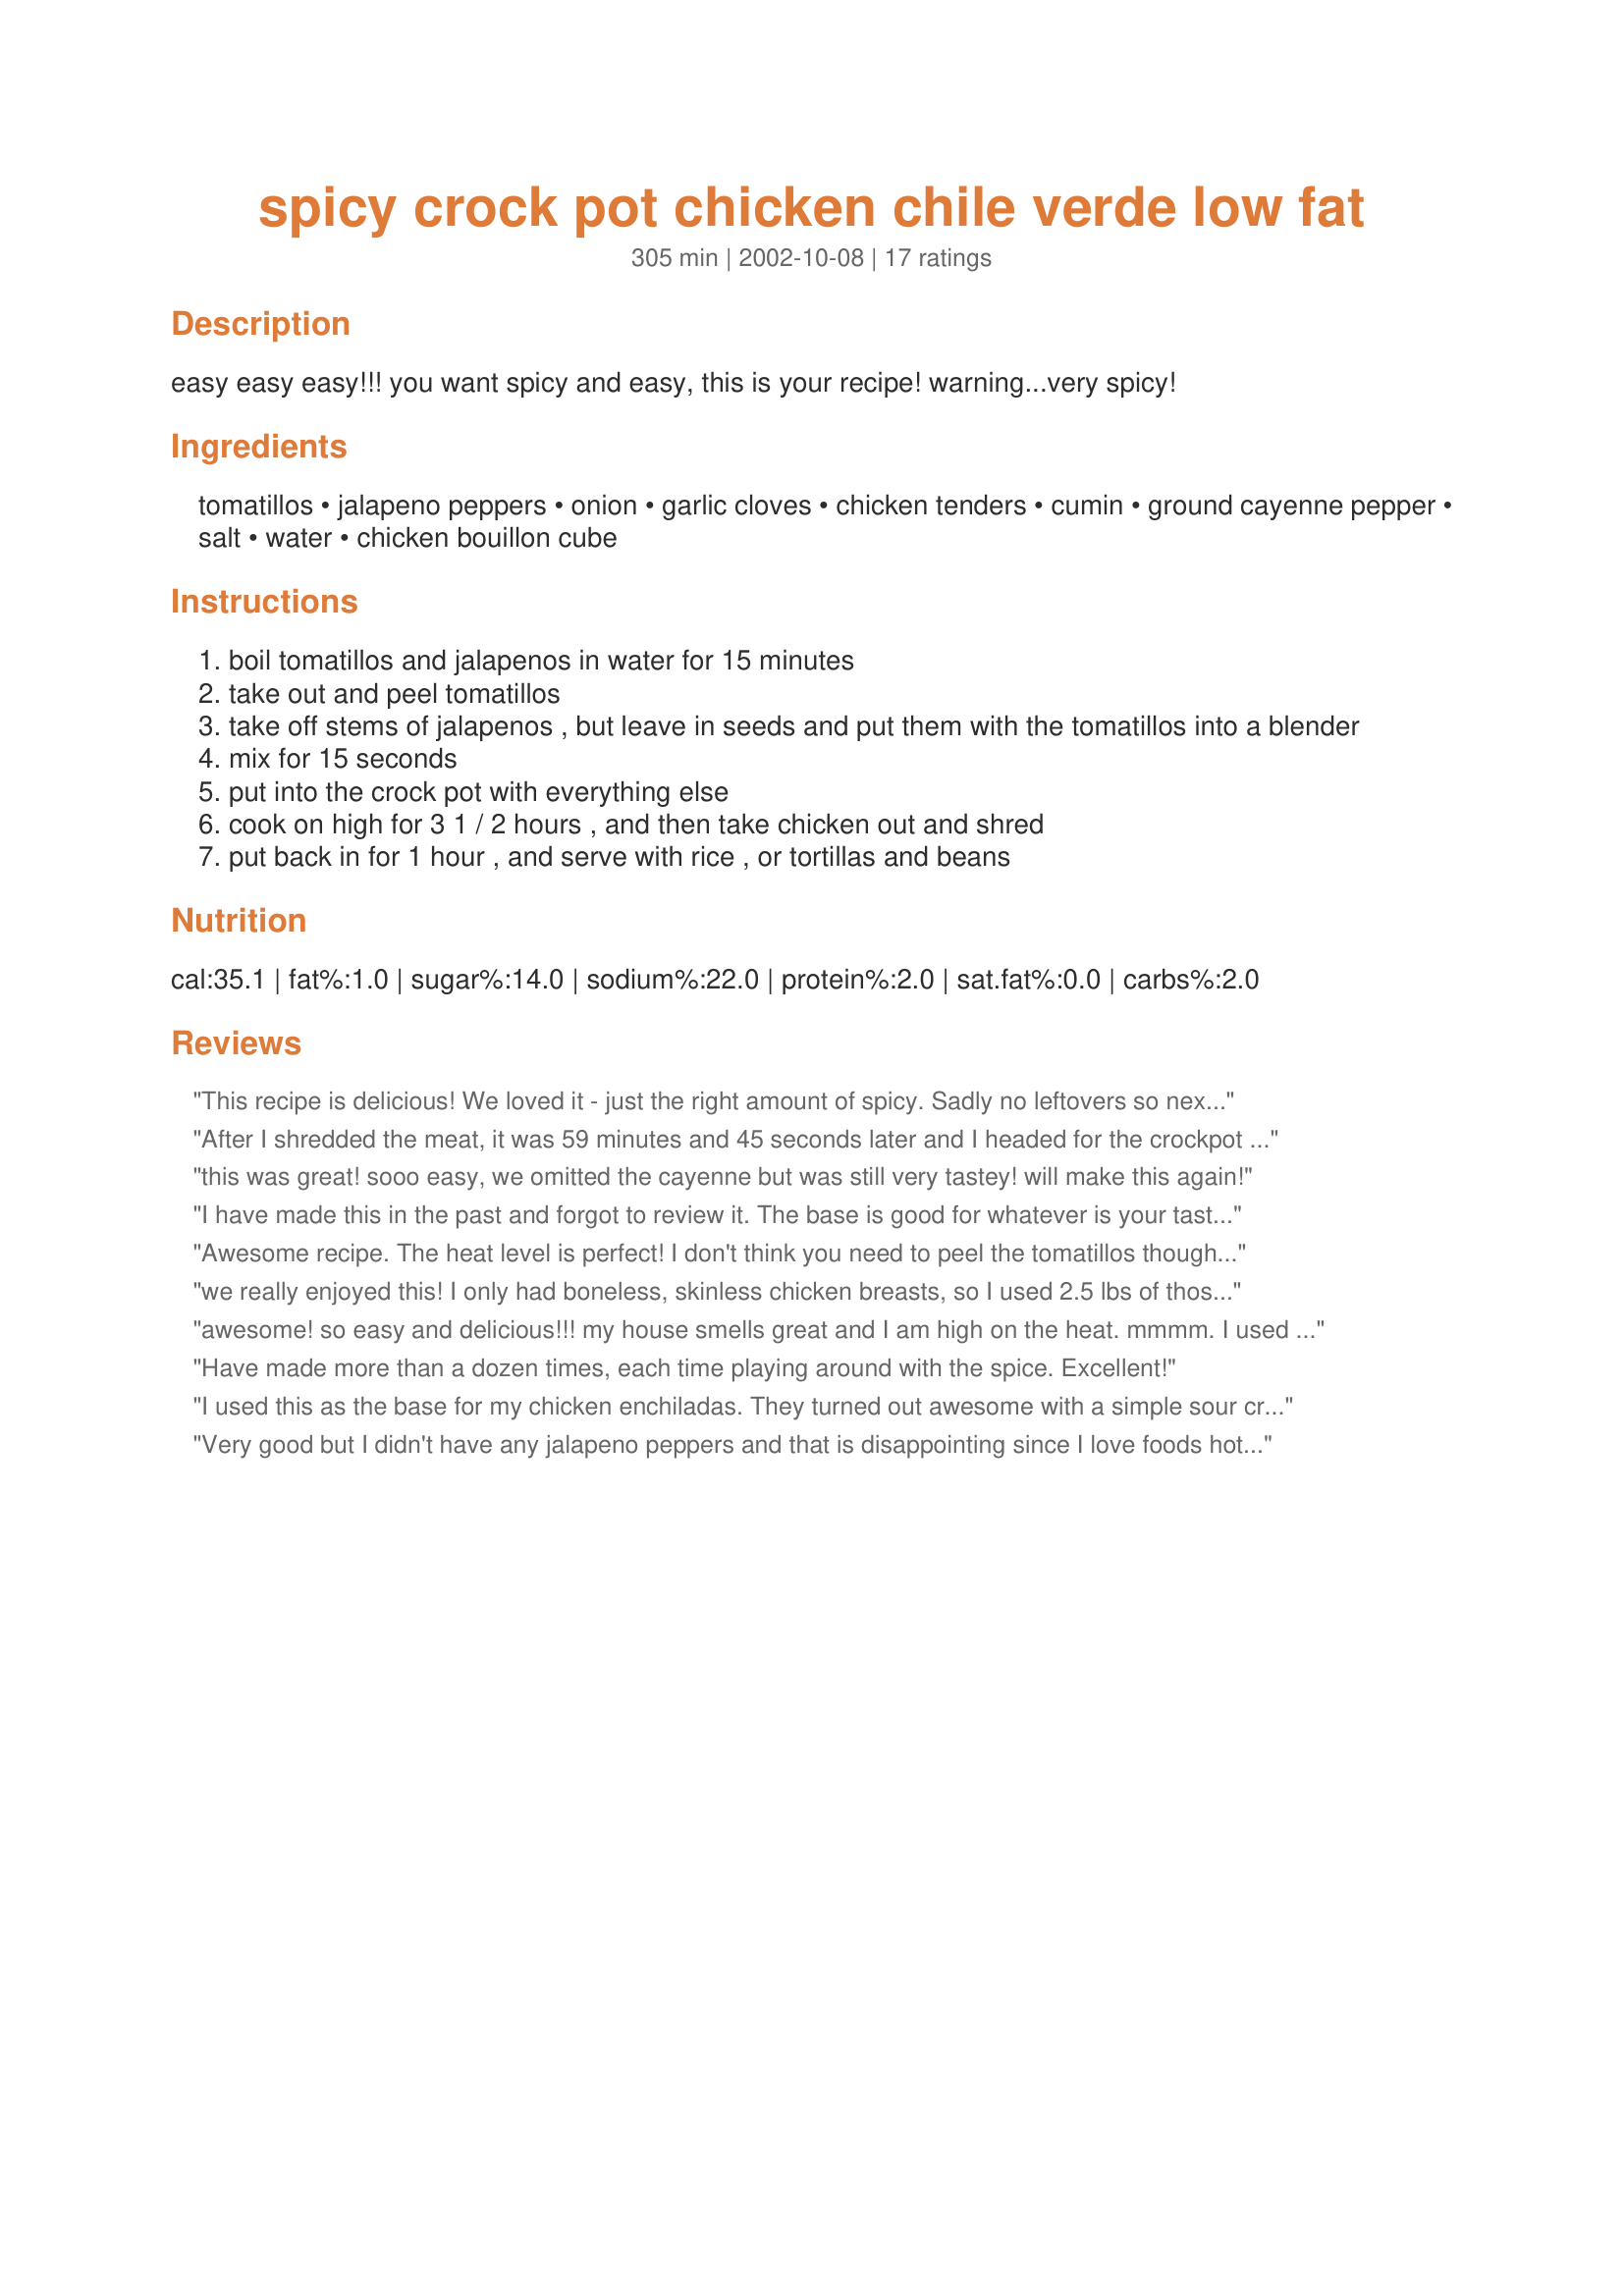
spicy crock pot chicken chile verde low fat
Preparation time: 305 minutes

easy easy easy!!! you want spicy and easy, this is your recipe! warning...very spicy!

Ingredients:
tomatillos, jalapeno peppers, onion, garlic cloves, chicken tenders, cumin, ground cayenne pepper, salt, water, chicken bouillon cube

Steps:
boil tomatillos and jalapenos in water for 15 minutes
take out and peel tomatillos
take off stems of jalapenos , but leave in seeds and put them with the tomatillos into a blender
mix for 15 seconds
put into the crock pot with everything else
cook on high for 3 1 / 2 hours , and then take chicken out and shred
put back in for 1 hour , and serve with rice , or tortillas and beans

Reviews:
This recipe is delicious! We loved it - just the right amount of spicy. Sadly no leftovers so next time I'm making a double batch!
After I shredded the meat, it was 59 minutes and 45 seconds later and I headed for the crockpot to taste this dish. Sure enough, as promised, our eyes watered and our tongues were stinging-but we were in heaven, it's just how we LIKE it! On fire, it's the only way to be....
this was great! sooo easy, we omitted the cayenne but was still very tastey! will make this again!
I have made this in the past and forgot to review it. The base is good for whatever is your taste in meat be it chicken, pork, or beef. <br/><br/>Now, let me help you a little with the whole peeling the tomatillos, toss that step out the window. The skin is not tough or bad tasting. Leave it on, your hands will thank you and the flavor will remain the same. If you like the heat use serrano peppers instead of jalapenos they're usually a bit more potent. Depends on whether you like a more tart taste you can also leave the tomatillos uncooked before putting them in the blender but keep in mind that it does change the flavor a bit to a more tart flavor. When you put it in the blender, add some cilantro for that fresh flavor. My came out delicious and I'm making it again, so I decided to review the recipe.
Awesome recipe. The heat level is perfect! I don't think you need to peel the tomatillos though, as I didn't and the dish turned out fine. I'm thinking next time that I might skip boiling them, as I like my salsa verde to have a bit of a sour flavor. Thanks for sharing this!
we really enjoyed this! I only had boneless, skinless chicken breasts, so I used 2.5 lbs of those, the individually quick frozen ones, and cooked it on low for about 8 hours on low. I used only 2 jalapeños and removed the seeds-next time I will up to 4 and remove the seeds again. Really yummy and gr5eat recipe for my first try at cooking with tomatillos. Thanks for sharing Miss Diggy!!
awesome! so easy and delicious!!! my house smells great and I am high on the heat. mmmm.

I used 1 lb of pork instead of chicken (personal preference) and i think next time I'll use a bit more. i also threw an anehiem in with the jalenpenos and tomatillas.

thank you!
Have made more than a dozen times, each time playing around with the spice. Excellent!
I used this as the base for my chicken enchiladas. They turned out awesome with a simple sour cream sauce.
Very good but I didn't have any jalapeno peppers and that is disappointing since I love foods hot and spicy. I added 3 chicken boullion cubes and 2 roasted, diced poblano peppers. I also melted a couple of tablespoons of butter into the mixture. I will make this again. This would be good over rice or shredded and made into a burrito/enchilada. Thanks.
OH MY GOD!!!! Tummy and taste bud gasms all around. Next time I make it, the only thing I would change is to double it! TY so much for what will be a constant favorite in my home!!!
Yum! I wouldn't call it super-spicy, more like zesty at best, but for those not used to firey foods, I'd cut down on the jalapenos, by opening them up and scraping out some/all of the seeds before blending them up. I used my immersion blender to make the liquid, which was much less messy. Also works with skinless chicken breast, it's fork tender. Way to go! My Mexican roommates like the heat, and think the smoky flavor is really neat.
Wonderful flavor. Hubby loves it. A little spicy but delicious.
Yum! Easy to put together, good flavor, nice kick! I served the first round as taco filling, and look forward to trying the leftovers in another dish. Thanks for sharing!
Easy, easy and very tasty!!!!! I did scrape the Jalapeno and left out the cayenne--to suit my taste for spicy hot. Made Chicken Enchiladas with this. YUM. Am planning to use the rest for Mexican Chicken Salad sandwiches...can't wait!
Thank you for posting this fabulously tasty dish. Made for the Low-fat/Lite event in Cooking Photos.
5 stars. So moist and flavorful, but it was not "very spicy" for us. It gave a mild-medium spice that could be made hotter by adding extra hot sauce to the plates. The tomatillos are a bit of a pain to peel, first yoou have to remove the sticky papery skin, then after boiling the regular skin which took a little time since you have to let them cool to the touch. Used the chicken to make soft shell tacos. Easy to make. Thank you!
Loved this recipe. Mine turned out extra spicy, but I used freshly ground cayenne from peppers grown & dried this summer. Served with totillas and sour cream. Definite repeat and was such an easy recipe to prepare. Thank you Miss Diggy for sharing the recipe.
